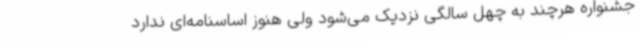
جشنواره هرچند به چهل سالگی نزدیک می‌شود ولی هنوز اساسنامه‌ای ندارد